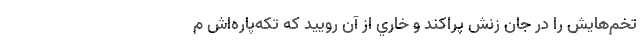
تخم‌هايش را در جان زنش پراكند و خاري از آن روييد كه تكه‌پاره‌اش م